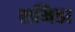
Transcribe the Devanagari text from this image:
शमिंडा